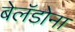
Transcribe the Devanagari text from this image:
बेलॅडोना